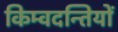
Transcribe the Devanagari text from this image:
किम्वदन्तियों